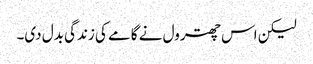
لیکن اس چھترول نے گامے کی زندگی بدل دی۔